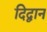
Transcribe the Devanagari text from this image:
दिद्वान